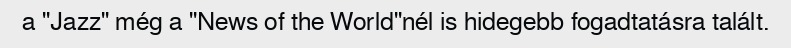
a "Jazz" még a "News of the World"nél is hidegebb fogadtatásra talált.